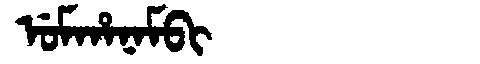
Manchu: ᡠᠮᡥᠠᠨᠠᠮᠪᡳ
Romanization: UMHANAMBI